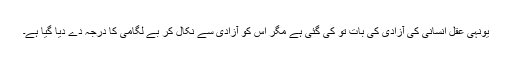
یونہی عقل انسانی کی آزادی کی بات تو کی گئی ہے مگر اس کو آزادی سے نکال کر بے لگامی کا درجہ دے دیا گیا ہے۔